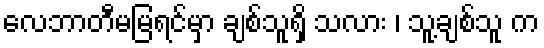
လေဘာတီမမြရင်မှာ ချစ်သူရှိ သလား ၊ သူ့ချစ်သူ က